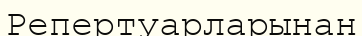
Репертуарларынан